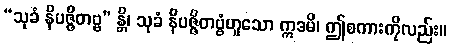
“သုခံ နိပဇ္ဇိတဗ္ဗ” န္တိ၊ သုခံ နိပဇ္ဇိတဗ္ဗံဟူသော ဣဒမိ၊ ဤစကားကိုလည်း။